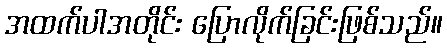
အထက်ပါအတိုင်း ပြောလိုက်ခြင်းဖြစ်သည်။